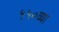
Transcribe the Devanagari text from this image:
५५०व्या